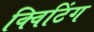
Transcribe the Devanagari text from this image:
क्विटिंग